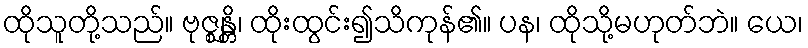
ထိုသူတို့သည်။ ဗုဇ္ဈန္တိ၊ ထိုးထွင်း၍သိကုန်၏။ ပန၊ ထိုသို့မဟုတ်ဘဲ။ ယေ၊